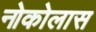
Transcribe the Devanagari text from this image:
नोकोलास